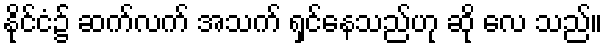
နိုင်ငံ၌ ဆက်လက် အသက် ရှင်နေသည်ဟု ဆို လေ သည်။